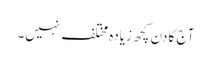
آج کا دن کچھ زیادہ مختلف نہیں۔